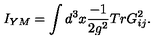
I _ { Y M } = \int d ^ { 3 } x \frac { - 1 } { 2 g ^ { 2 } } T r G _ { i j } ^ { 2 } .